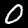
Label: 0